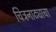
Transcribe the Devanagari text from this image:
चित्रनाट्याचा